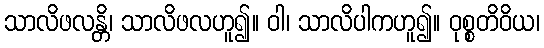
သာလိဖလန္တိ၊ သာလိဖလဟူ၍။ ဝါ၊ သာလိပါကဟူ၍။ ဝုစ္စတိဝိယ၊